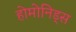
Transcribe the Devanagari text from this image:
होमोनिड्स